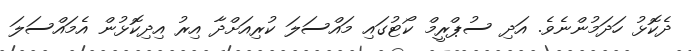
ދެކޮޅު ހަދަމުންނެވެ. އަދި ސުޕްރީމް ކޯޓުގައި މައްސަލަ ކުރިއަށްދާ އިރު އިދިކޮޅުން އެމައްސަލަ